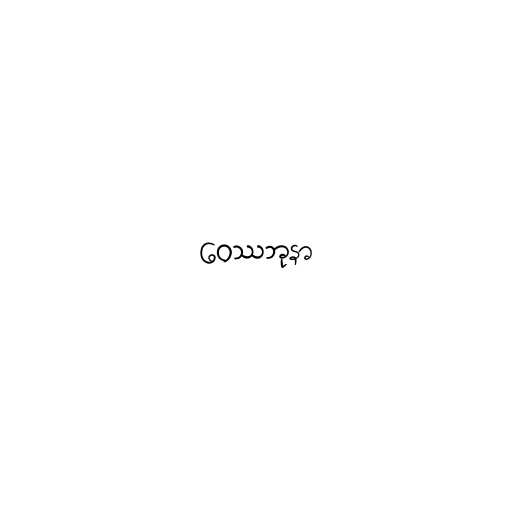
ဝေဿဘုနာ